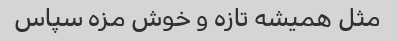
مثل همیشه تازه و خوش مزه سپاس